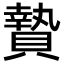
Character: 贄